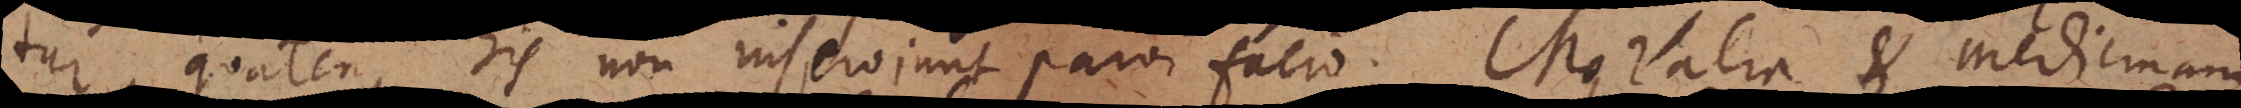
tur, quatenus his non inserviunt parvi facio. Moralia et medicinam